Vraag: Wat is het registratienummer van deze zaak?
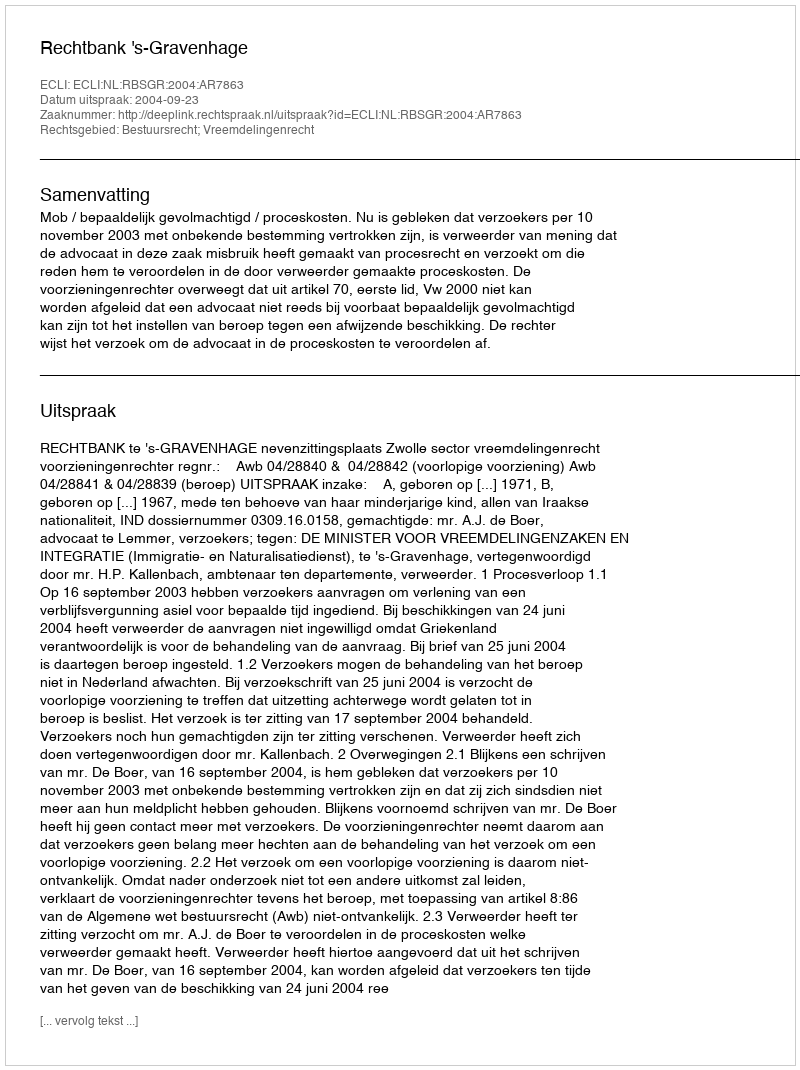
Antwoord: http://deeplink.rechtspraak.nl/uitspraak?id=ECLI:NL:RBSGR:2004:AR7863